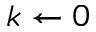
k \gets 0